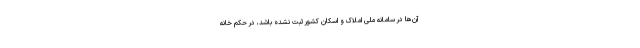
آن‌ها در سامانه ملی املاک و اسکان کشور ثبت نشده باشد، در حکم خانه